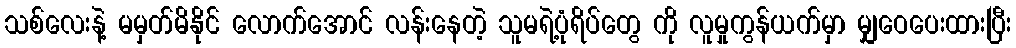
သစ်လေးနဲ့ မမှတ်မိနိုင် လောက်အောင် လန်းနေတဲ့ သူမရဲ့ပုံရိပ်တွေ ကို လူမှုကွန်ယက်မှာ မျှဝေပေးထားပြီး